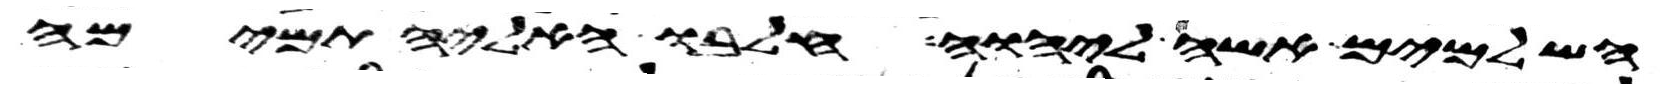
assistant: השלמים אשה ליהוה חלבו האליה תמימה